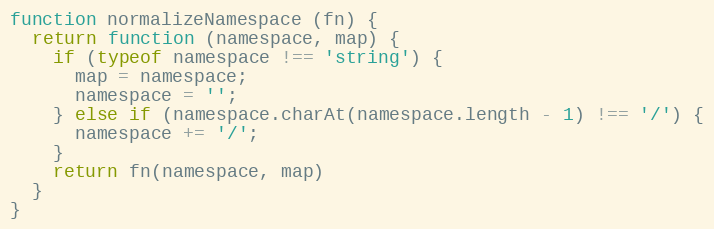
Language: JavaScript
function normalizeNamespace (fn) {
  return function (namespace, map) {
    if (typeof namespace !== 'string') {
      map = namespace;
      namespace = '';
    } else if (namespace.charAt(namespace.length - 1) !== '/') {
      namespace += '/';
    }
    return fn(namespace, map)
  }
}